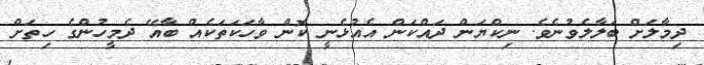
ދިމާލަށް ބަލާލެވުނެވެ. ނިކްޔަން ދައްކަން އެއުޅެނީ ކޮން ވާހަކަތަކެއް ބާއޭ ދެމީހުންގެ ހިތަށް